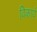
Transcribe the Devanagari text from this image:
विकार्य